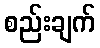
စည်းချက်